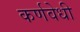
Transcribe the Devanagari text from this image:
कर्णवेधी